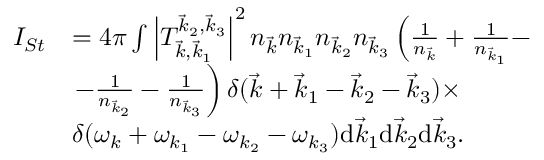
\begin{array} { r l } { I _ { S t } } & { = 4 \pi \int \left| T _ { \vec { k } , \vec { k } _ { 1 } } ^ { \vec { k } _ { 2 } , \vec { k } _ { 3 } } \right| ^ { 2 } n _ { \vec { k } } n _ { \vec { k } _ { 1 } } n _ { \vec { k } _ { 2 } } n _ { \vec { k } _ { 3 } } \left( \frac { 1 } { n _ { \vec { k } } } + \frac { 1 } { n _ { \vec { k } _ { 1 } } } - \right. } \\ & { \left. - \frac { 1 } { n _ { \vec { k } _ { 2 } } } - \frac { 1 } { n _ { \vec { k } _ { 3 } } } \right) \delta ( \vec { k } + \vec { k } _ { 1 } - \vec { k } _ { 2 } - \vec { k } _ { 3 } ) \times } \\ & { \delta ( \omega _ { k } + \omega _ { k _ { 1 } } - \omega _ { k _ { 2 } } - \omega _ { k _ { 3 } } ) \mathrm d \vec { k } _ { 1 } \mathrm d \vec { k } _ { 2 } \mathrm d \vec { k } _ { 3 } . } \end{array}